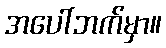
အပေါ်ဘက်မှာ။